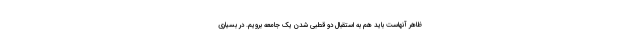
ظاهر آنهاست باید هم به استقبال دو قطبی شدن یک جامعه برویم. در بسیاری